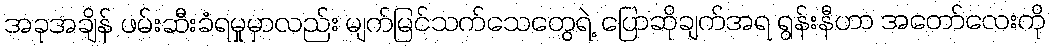
အခုအချိန် ဖမ်းဆီးခံရမှုမှာလည်း မျက်မြင်သက်သေတွေရဲ့ ပြောဆိုချက်အရ ရွန်းနီဟာ အတော်လေးကို